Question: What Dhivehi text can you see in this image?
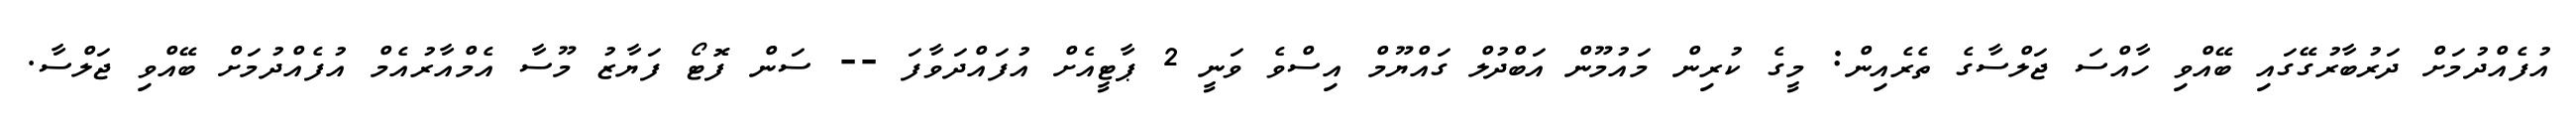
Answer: އުފެއްދުމަށް ދަރުބާރުގޭގައި ބޭއްވި ހާއްސަ ޖަލްސާގެ ތެރެއިން: މީގެ ކުރިން މައުމޫން އަބްދުލް ގައްޔޫމް އިސްވެ ވަނީ 2 ޕާޓީއެށް އުފައްދަވާފަ -- ސަން ފޮޓޯ ފަޔާޒު މޫސާ އެމްއާރުއެމް އުފެއްދުމަށް ބޭއްވި ޖަލްސާ.